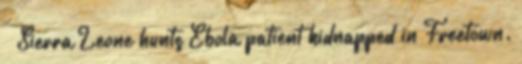
↑ Sierra Leone hunts Ebola patient kidnapped in Freetown.